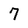
Character: 7